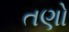
તણો